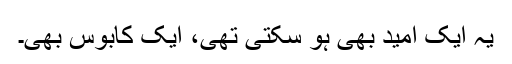
یہ ایک امید بھی ہو سکتی تھی، ایک کابوس بھی۔